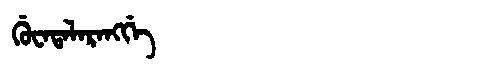
Manchu: ᡤᡠᠸᠠᡨᠠᠯᠠᡵᠠᠩᡤᡝ
Romanization: GUWATALARANGGE